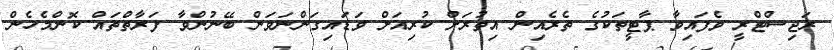
ރަޖިސްޓްރީ ވެފައިވާ ޕާޓީތަކުގެ ތެރެއިން އިތުރަށް ކުރިއަށް ވަޑައިގަންނަވަން ބޭނުންވާ ފަރާތްތައް ކޮންމެހެން